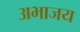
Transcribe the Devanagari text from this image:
अभाजय